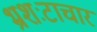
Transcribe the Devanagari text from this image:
भ्रशःटाचार